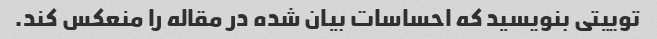
توییتی بنویسید که احساسات بیان شده در مقاله را منعکس کند.